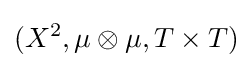
(X^{2},\mu \otimes \mu ,T\times T)